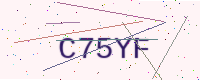
Text: C75YF